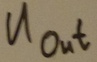
Text: UOUT